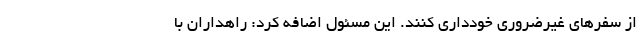
از سفرهای غیرضروری خودداری کنند. این مسئول اضافه کرد: راهداران با